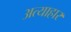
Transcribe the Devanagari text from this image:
अत्याहार